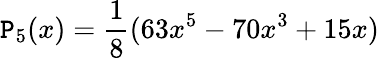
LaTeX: \mathtt{P}_{5}(x)=\frac{{1}}{{8}}(63x^{5}-70x^{3}+15x)